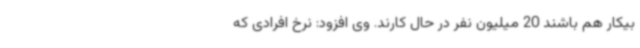
بیکار هم باشند 20 میلیون نفر در حال کارند. وی افزود: نرخ افرادی که